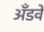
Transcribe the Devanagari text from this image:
अँडवे